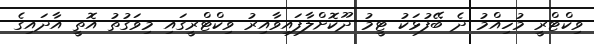
ވިކްޓްރީ މުހިއްމު ދެ ބޭފުޅަކު ޓީމު ދޫކޮށްލާފައިވާއިރު ވިކްޓްރީގައި މިވަގުތު އޮތީ އާދައިގެ